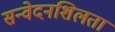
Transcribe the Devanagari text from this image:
सन्वेदनशिलता